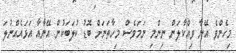
މިހެންވެ އޭނާ ވިއްކާލަން ނިންމި ނަމަވެސް މިހާތަނަށް ބޮޑު ކުލަބަކުން އޭނާއާ އަޅައެއްނުލަ